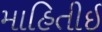
માહિતીઈ